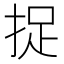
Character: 捉